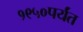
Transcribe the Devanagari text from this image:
१९५०पर्यंत